Lunatic asylums United Prov. 1922-30 - 1922-1930
Year: 1922
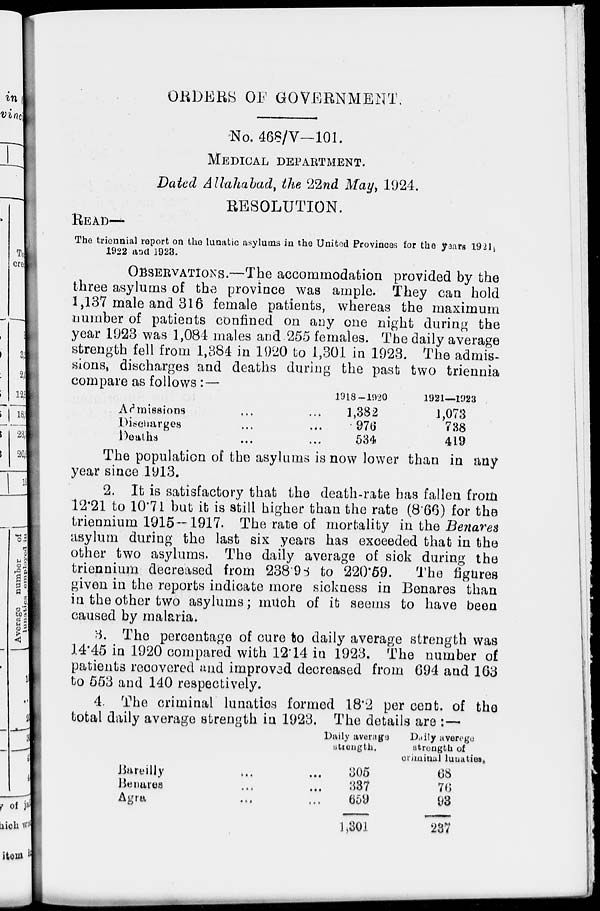
ORDERS OF GOVERNMENT.
No. 468/V—101.
MEDICAL DEPARTMENT.
Dated Allahabad, the 22nd May, 1924.
RESOLUTION.
READ—
The triennial report on the lunatic asylums in the United Provinces for the years 1921,
1922 and 1923.
OBSERVATIONS.—The accommodation provided by the
three asylums of the province was ample. They can hold
1,137 male and 316 female patients, whereas the maximum
number of patients confined on any one night during the
year 1923 was 1,084 males and 255 females. The daily average
strength fell from 1,384 in 1920 to 1,301 in 1923. The admis-
sions, discharges and deaths during the past two triennia
compare as follows : —
Admissions ... ...
Discharges ... ...
Deaths ... ...
1918-1920
1,382
976
534
1921—1923
1,073
738
419
The population of the asylums is now lower than in any
year since 1913.
2. It is satisfactory that the death-rate has fallen from
12.21 to 10.71 but it is still higher than the rate (8.66) for the
triennium 1915—1917. The rate of mortality in the Benares
asylum during the last six years has exceeded that in the
other two asylums. The daily average of sick during the
triennium decreased from 238.98 to 220.59.
The figures
given in the reports indicate more sickness in Benares than
in the other two asylums; much of it seems to have been
caused by malaria.
3. The percentage of cure to daily average strength was
14.45 in 1920 compared with 12.14 in 1923. The number of
patients recovered and improved decreased from 694 and 163
to 553 and 140 respectively.
4. The criminal lunatics formed 18.2 per cent. of the
total daily average strength in 1923. The details are :—
Bareilly ... ...
Benares ... ...
Agra ... ...
Daily average
strength.
305
337
659
1,301
Daily average
strength of
criminal lunatics.
68
76
93
237